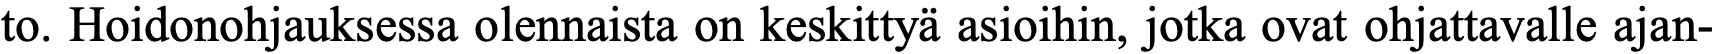
to. Hoidonohjauksessa olennaista on keskittyä asioihin, jotka ovat ohjattavalle ajan-